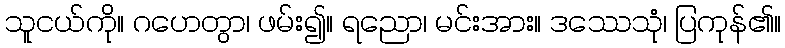
သူငယ်ကို။ ဂဟေတွာ၊ ဖမ်း၍။ ရညော၊ မင်းအား။ ဒဿေသုံ၊ ပြကုန်၏။